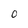
Character: 0